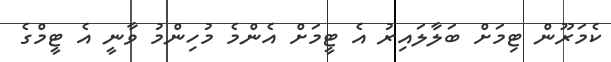
ކެމަރޫން ޓިމަށް ބަލާލައިރު އެ ޓީމަށް އެންމެ މުހިންމު ވާނީ އެ ޓީމްގެ